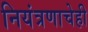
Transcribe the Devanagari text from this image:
नियंत्रणाचेही